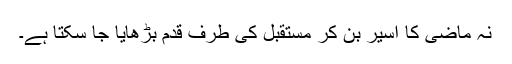
نہ ماضی کا اسیر بن کر مستقبل کی طرف قدم بڑھایا جا سکتا ہے۔